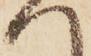
へ